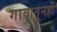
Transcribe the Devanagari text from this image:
गावातूनही